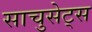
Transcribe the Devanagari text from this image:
साचुसेट्स